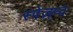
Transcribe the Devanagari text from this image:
स्पेज़न्द